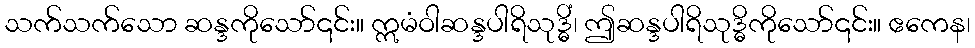
သက်သက်သော ဆန္ဒကိုသော်၎င်း။ ဣမံဝါဆန္ဒပါရိသုဒ္ဓိံ၊ ဤဆန္ဒပါရိသုဒ္ဓိကိုသော်၎င်း။ ဧကေန၊